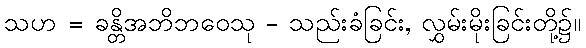
သဟ = ခန္တိအဘိဘဝေသု - သည်းခံခြင်း, လွှမ်းမိုးခြင်းတို့၌။